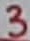
Text: 3